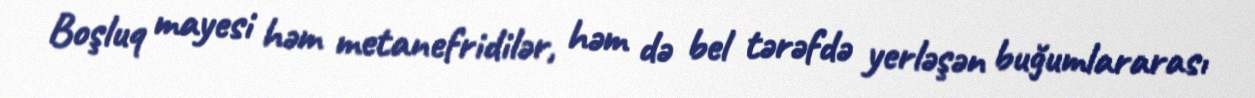
Boşluq mayesi həm metanefridilər, həm də bel tərəfdə yerləşən buğumlararası